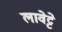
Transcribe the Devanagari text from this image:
लावेट्टे